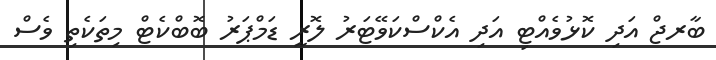
ބާރޖް އަދި ކޮޅުވެއްޓި އަދި އެކްސްކަވޭޓަރު ލޮރީ ޑަމްޕަރު ބޮބްކެޓް މިތަކެތި ވެސް